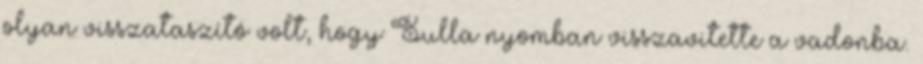
olyan visszataszító volt, hogy Sulla nyomban visszavitette a vadonba.